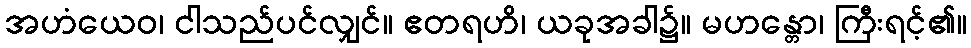
အဟံယေဝ၊ ငါသည်ပင်လျှင်။ ဧတရဟိ၊ ယခုအခါ၌။ မဟန္တော၊ ကြီးရင့်၏။